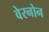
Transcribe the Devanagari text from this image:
वेरनोन